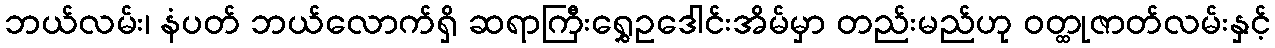
ဘယ်လမ်း၊ နံပတ် ဘယ်လောက်ရှိ ဆရာကြီးရွှေဥဒေါင်းအိမ်မှာ တည်းမည်ဟု ဝတ္ထုဇာတ်လမ်းနှင့်